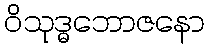
ဝိသုဒ္ဓဘောဇနော